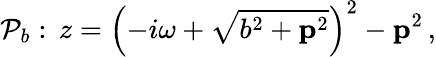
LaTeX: {\cal P}_{b}:\, z=\left(-i\omega+\sqrt{b^{2}+{\mathbf p}^{2}}\right)^{2}-{\mathbf p}^{2}\, ,